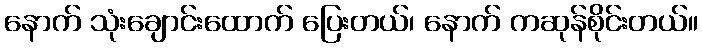
နောက် သုံးချောင်းထောက် ပြေးတယ်၊ နောက် ကဆုန်စိုင်းတယ်။